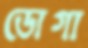
ডোগা